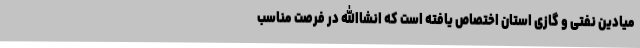
میادین نفتی و گازی استان اختصاص یافته است که انشاالله در فرصت مناسب